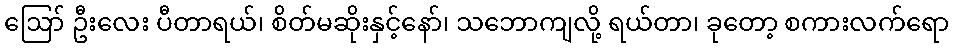
ဪ ဦးလေး ပီတာရယ်၊ စိတ်မဆိုးနှင့်နော်၊ သဘောကျလို့ ရယ်တာ၊ ခုတော့ စကားလက်ရော